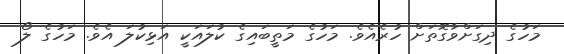
މަހުގެ ދިގަށްވާގޮތަށް ހުރެއެވެ. މަހުގެ މަތީބައިގެ ކުލައަކީ އަޅިކުލަ އެވެ. މަހުގެ ލޯ